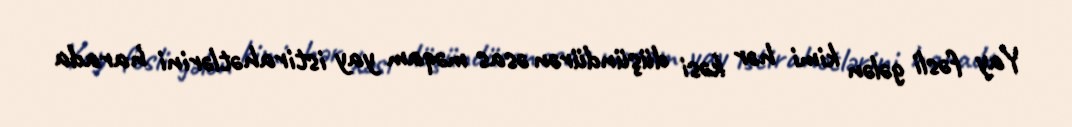
Yay fəsli gələn kimi hər kəsi düşündürən əsas məqam yay istirahətlərini harada